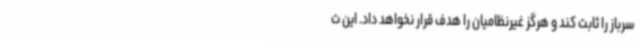
سرباز را ثابت کند و هرگز غیرنظامیان را هدف قرار نخواهد داد. این ت